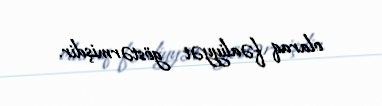
olaraq fəaliyyət göstərmişdir.